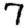
Digit: 7